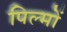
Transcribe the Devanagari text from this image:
पिल्मों